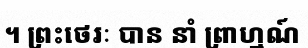
។ ព្រះថេរៈ បាន នាំ ព្រាហ្មណ៍